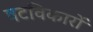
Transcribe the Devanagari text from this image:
षटविकारों